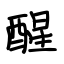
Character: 醒